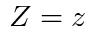
Z = z